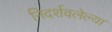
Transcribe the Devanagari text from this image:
निदर्शवलेल्या